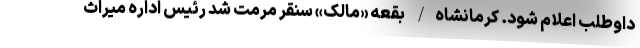
داوطلب اعلام شود. کرمانشاه/ بقعه «مالک» سنقر مرمت شد رئیس اداره میراث